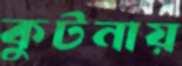
কুটনায়